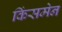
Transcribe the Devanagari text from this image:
किंसमेन